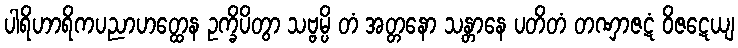
ပါရိဟာရိကပညာဟတ္ထေန ဥက္ခိပိတွာ သဗ္ဗမ္ပိ တံ အတ္တနော သန္တာနေ ပတိတံ တဏှာဇဋံ ဝိဇဋေယျ